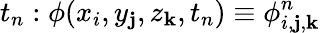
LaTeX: t_{n}:\phi(x_{i},y_{\mathbf{j}},z_{\mathbf{k}},t_{n})\equiv\phi_{i,\mathbf{j},\mathbf{k}}^{n}